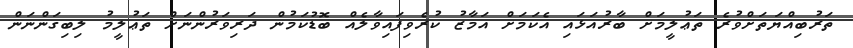
ތަރުބިއްޔަތަށްވުރެ ތަޢުލީމަށް ބާރުއަޅައި އެކަމަށް އަމާޒު ކުރެވިފައިވާލެއް ބޮޑުކަމުން ދަރިވަރުންނަށް ތަޢުލީމު ލިބިގަންނަން